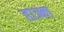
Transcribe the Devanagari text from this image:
हाज्मा